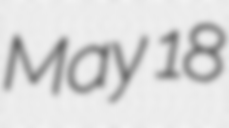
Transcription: May 18